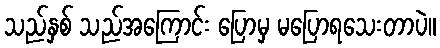
သည်နှစ် သည်အကြောင်း ပြောမှ မပြောရသေးတာပဲ။